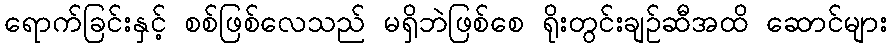
ရောက်ခြင်းနှင့် စစ်ဖြစ်လေသည် မရှိဘဲဖြစ်စေ ရိုးတွင်းချဉ်ဆီအထိ ဆောင်များ